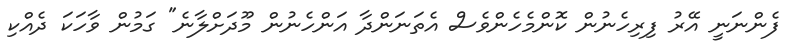
ފެންނަނީ އޭރު ފިރިހެނުން ކޮންމެހެންވެސް އެތަނަންދާ އަންހެނުން މޫދަށްލާނެ" ގަމުން ވާހަކަ ދެއްކި